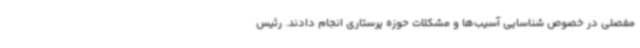
مفصلی در خصوص شناسایی آسیب‌ها و مشکلات حوزه پرستاری انجام دادند. رئیس